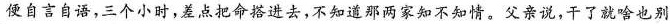
便自言自语，三个小时，差点把命搭进去，不如道那两家知不知情。父亲说，干了就啥也别